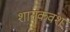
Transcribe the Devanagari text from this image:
शासकवंश